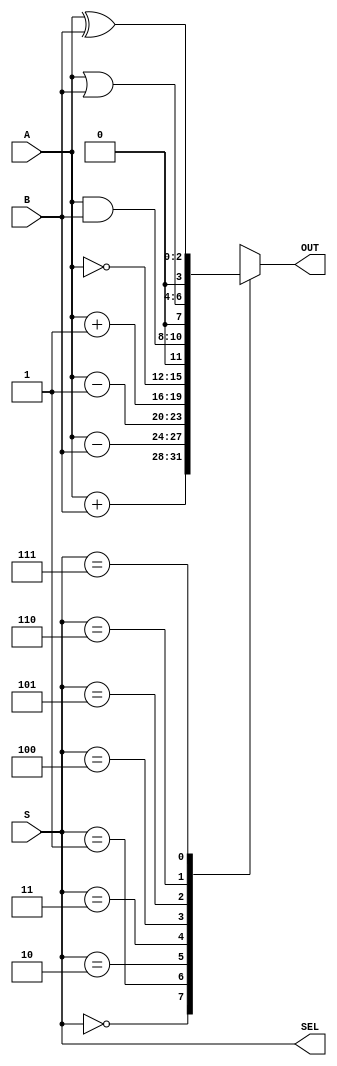
module ALU8_Beha (A, B, S, SEL, OUT);
	input [2:0] A;
	input [2:0] B;
	input [2:0] S;

	output [2:0] SEL;
	output reg [3:0] OUT;
	
	assign SEL[0] = S[0];
	assign SEL[1] = S[1];
	assign SEL[2] = S[2];

	always @ (S) begin
		case (S)
			0: OUT = A + B; // add
			1: OUT = A - B; // subtract
			2: OUT = A - 1; // decrement A
			3: OUT = A + 1; // increment A
			4: OUT = ~A; // 1's complement of A
			5: OUT = A & B; // bitwise AND
			6: OUT = A | B; // bitwise OR
			7: OUT = A ^ B; // bitwise XOR			
			default: OUT = 6'bxxxxxx;
		endcase
	end
endmodule